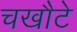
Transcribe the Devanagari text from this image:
चखौटे